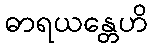
ဓာရယန္တေဟိ